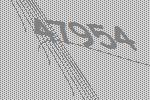
47954